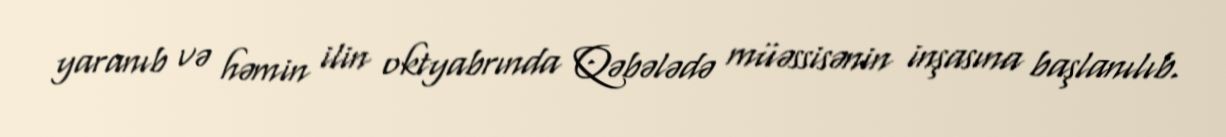
yaranıb və həmin ilin oktyabrında Qəbələdə müəssisənin inşasına başlanılıb.